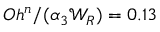
O h ^ { n } / ( \alpha _ { 3 } { \mathcal { W } } _ { R } ) = 0 . 1 3